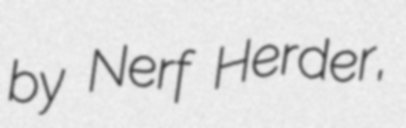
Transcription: by Nerf Herder,